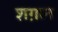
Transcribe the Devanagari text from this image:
शग़ल